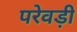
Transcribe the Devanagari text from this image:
परेवड़ी